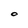
Character: O